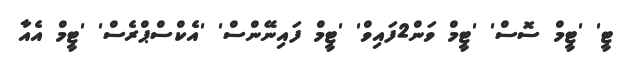
ޓީ' 'ޓީމް ސޮސް' 'ޓީމް ވަން2ފައިވް' 'ޓީމް ފައިނޭންސް' 'އެކްސްޕްރެސް' 'ޓީމް އެއާ